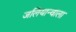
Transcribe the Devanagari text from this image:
जलियान्वाला